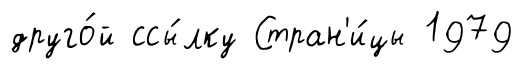
друго́й ссы́лку Стран'и́цы 1979